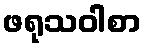
ဖရုသဝါစာ